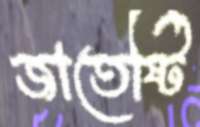
জাতেষ্টি